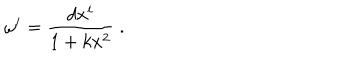
\omega ^ { i } = \frac { d x ^ { i } } { 1 + k x ^ { 2 } } \; .